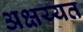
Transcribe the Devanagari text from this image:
अक्षय्यत